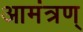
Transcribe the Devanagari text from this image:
आमंत्रण्